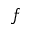
f